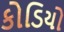
કોડિયો